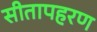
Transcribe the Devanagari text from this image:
सीतापहरण